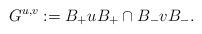
LaTeX: \begin{align*}G^{u,v}:=B_+uB_+\cap B_-vB_-.\end{align*}